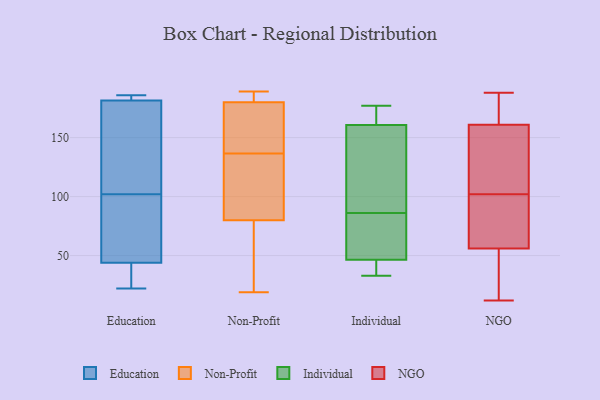
{"axis": {"x": "Satisfaction Score", "y": "Value"}, "legend": ["Education", "Individual", "NGO", "Non-Profit"], "data": [{"x": "", "y": 103, "type": "Education"}, {"x": "", "y": 67, "type": "Education"}, {"x": "", "y": 27, "type": "Education"}, {"x": "", "y": 183, "type": "Education"}, {"x": "", "y": 22, "type": "Education"}, {"x": "", "y": 186, "type": "Education"}, {"x": "", "y": 176, "type": "Education"}, {"x": "", "y": 46, "type": "Education"}, {"x": "", "y": 185, "type": "Education"}, {"x": "", "y": 102, "type": "Education"}, {"x": "", "y": 79, "type": "Education"}, {"x": "", "y": 181, "type": "Education"}, {"x": "", "y": 38, "type": "Education"}, {"x": "", "y": 53, "type": "Non-Profit"}, {"x": "", "y": 187, "type": "Non-Profit"}, {"x": "", "y": 171, "type": "Non-Profit"}, {"x": "", "y": 23, "type": "Non-Profit"}, {"x": "", "y": 189, "type": "Non-Profit"}, {"x": "", "y": 109, "type": "Non-Profit"}, {"x": "", "y": 80, "type": "Non-Profit"}, {"x": "", "y": 170, "type": "Non-Profit"}, {"x": "", "y": 180, "type": "Non-Profit"}, {"x": "", "y": 122, "type": "Non-Profit"}, {"x": "", "y": 151, "type": "Non-Profit"}, {"x": "", "y": 106, "type": "Non-Profit"}, {"x": "", "y": 19, "type": "Non-Profit"}, {"x": "", "y": 188, "type": "Non-Profit"}, {"x": "", "y": 41, "type": "Individual"}, {"x": "", "y": 60, "type": "Individual"}, {"x": "", "y": 86, "type": "Individual"}, {"x": "", "y": 71, "type": "Individual"}, {"x": "", "y": 176, "type": "Individual"}, {"x": "", "y": 174, "type": "Individual"}, {"x": "", "y": 51, "type": "Individual"}, {"x": "", "y": 52, "type": "Individual"}, {"x": "", "y": 34, "type": "Individual"}, {"x": "", "y": 128, "type": "Individual"}, {"x": "", "y": 116, "type": "Individual"}, {"x": "", "y": 37, "type": "Individual"}, {"x": "", "y": 33, "type": "Individual"}, {"x": "", "y": 45, "type": "Individual"}, {"x": "", "y": 177, "type": "Individual"}, {"x": "", "y": 92, "type": "Individual"}, {"x": "", "y": 170, "type": "Individual"}, {"x": "", "y": 133, "type": "Individual"}, {"x": "", "y": 173, "type": "Individual"}, {"x": "", "y": 34, "type": "NGO"}, {"x": "", "y": 152, "type": "NGO"}, {"x": "", "y": 93, "type": "NGO"}, {"x": "", "y": 100, "type": "NGO"}, {"x": "", "y": 97, "type": "NGO"}, {"x": "", "y": 94, "type": "NGO"}, {"x": "", "y": 125, "type": "NGO"}, {"x": "", "y": 12, "type": "NGO"}, {"x": "", "y": 164, "type": "NGO"}, {"x": "", "y": 56, "type": "NGO"}, {"x": "", "y": 166, "type": "NGO"}, {"x": "", "y": 188, "type": "NGO"}, {"x": "", "y": 129, "type": "NGO"}, {"x": "", "y": 26, "type": "NGO"}, {"x": "", "y": 183, "type": "NGO"}, {"x": "", "y": 56, "type": "NGO"}, {"x": "", "y": 161, "type": "NGO"}, {"x": "", "y": 104, "type": "NGO"}]}